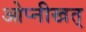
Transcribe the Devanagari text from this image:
ओप्नीखत्